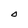
Character: O